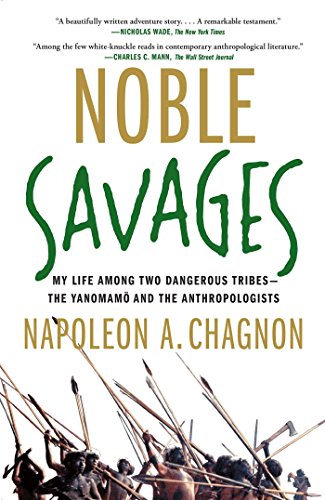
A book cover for Noble Savages: My Life Among Two Dangerous Tribes -- the Yanomamo and the Anthropologists; Napoleon A. Chagnon; Biographies & Memoirs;